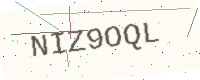
Text: NIZ9OQL